Annual report of lunatic asylums [Bombay] - 1912-1922
Year: 1912
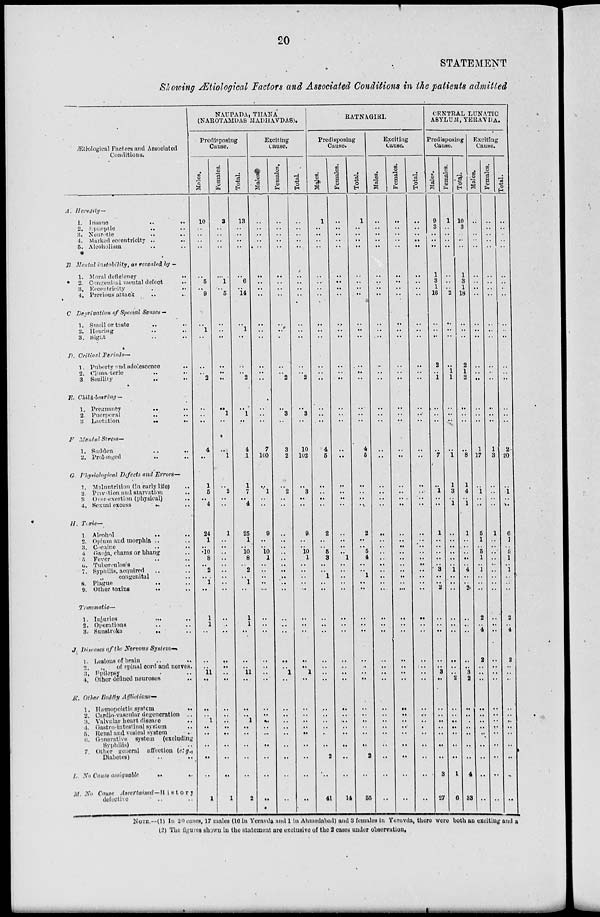
20
STATEMENT
Showing Ætiological Factors and Associated Conditions in the patients admitted
Ætiological Factors and Associated
Conditions.
A. Heredity—
1. Insane
..
..
2.
Epileptic
..
..
3. Neurotic
..
..
4. Marked eccentricity ..
..
5. Alcoholism
..
..
B. Mental instability, as revealed by —
1. Moral deficiency
..
2. Congenital mental defect ..
3. Eccentricity
..
..
4. Previous attack
..
..
C. Deprivation of Special Senses —
1. Smell or taste
..
..
2. Hearing .. ..
3. Sight .. ..
D. Critical Periods—
1. Puberty and adolescence ..
2. Climacteric
..
..
3. Senility
..
..
E. Child-bearing—
1. Pregnancy
..
..
2. Puerperal
..
..
3. Lactation .. ..
F. Mental Stress—
1. Sudden
..
..
2. Prolonged
..
..
G. Physiological Defects and Errors—
1. Malnutrition (in early life) ..
2. Privation and starvation ..
3. Over-exertion (physical) ..
4. Sexual excess
..
H. Toxic—
1. Alcohol
..
..
2. Opium and morphia .. ..
3. Cocaine .. ..
4. Ganja, charas or bhang ..
5. Fever .. ..
6. Tuberculosis ..
7. Syphilis, acquired .. ..
„
congenital ..
8. Plague .. ..
9. Other toxins
..
..
Traumatic—
1. Injuries
..
..
2. Operations .. ..
3. Sunstroke
..
..
J. Diseases of the Nervous System—
1. Lesions of brain .. ..
2.
„
of spinal cord and nerves.
3. Epilepsy ..
4. Other defined neuroses ..
K. Other Bodily Afflictions—
1. Hæmopoietic system
..
2. Cardio-vascular degeneration ..
3. Valvular heart disease
..
4. Gastro-intestinal system
..
5. Renal and vesical system
..
6. Generative system (excluding
Syphilis) ..
7. Other general affection (e:g.,
Diabetes)
..
..
L. No Cause assignable
..
..
M. No Cause
Ascertained—History
defective .. ..
NAUPADA, THANA
(NAROTAMDAS MADHAVDAS).
Predisposing
Cause.
Males.
10
..
..
..
..
..
5
..
9
..
1
..
..
..
2
..
..
..
4
..
1
5
..
4
24
1
..
10
8
..
2
..
1
..
1
1
..
..
..
11
..
..
..
1
..
..
..
..
..
1
Females.
3
..
..
..
..
..
1
..
5
..
..
..
..
..
..
..
1
..
..
1
..
2
..
..
1
..
..
..
..
..
..
..
..
..
..
..
..
..
..
..
..
..
..
..
..
..
..
..
..
1
Total.
13
..
..
..
..
..
6
..
14
..
1
..
..
..
2
..
1
..
4
1
1
7
..
4
25
1
..
10
8
..
2
..
1
..
1
1
..
..
..
11
..
..
..
1
..
..
..
..
..
2
Exciting
Cause.
Males.
..
..
..
..
..
..
..
..
..
..
..
..
..
..
..
..
..
..
7
100
..
1
..
..
9
..
..
10
1
..
..
..
..
..
..
..
..
..
..
..
..
..
..
..
..
..
..
..
..
..
Females.
..
..
..
..
..
..
..
..
..
..
..
..
..
..
2
..
3
..
3
2
..
2
..
..
..
..
..
..
..
..
..
..
..
..
..
..
..
..
..
1
..
..
..
..
..
..
..
..
..
..
Total.
..
..
..
..
..
..
..
..
..
..
..
..
..
..
2
..
3
..
10
102
..
3
..
..
9
..
..
10
1
..
..
..
..
..
..
..
..
..
..
1
..
..
..
..
..
..
..
..
..
..
RATNAGIRI.
Predisposing
Cause.
Males.
1
..
..
..
..
..
..
..
..
..
..
..
..
..
..
..
..
..
4
5
..
..
..
..
2
..
..
5
3
..
..
1
..
..
..
..
..
..
..
..
..
..
..
..
..
..
..
2
..
41
Females.
..
..
..
..
..
..
..
..
..
..
..
..
..
..
..
..
..
..
..
..
..
..
..
..
..
..
..
..
1
..
..
..
..
..
..
..
..
..
..
..
..
..
..
..
..
..
..
..
..
14
Total.
1
..
..
..
..
..
..
..
..
..
..
..
..
..
..
..
..
..
4
5
..
..
..
..
2
..
..
5
4
..
..
1
..
..
..
..
..
..
..
..
..
..
..
..
..
..
..
2
..
55
Exciting
Cause.
Males.
..
..
..
..
..
..
..
..
..
..
..
..
..
..
..
..
..
..
..
..
..
..
..
..
..
..
..
..
..
..
..
..
..
..
..
..
..
..
..
..
..
..
..
..
..
..
..
..
..
..
Females.
..
..
..
..
..
..
..
..
..
..
..
..
..
..
..
..
..
..
..
..
..
..
..
..
..
..
..
..
..
..
..
..
..
..
..
..
..
..
..
..
..
..
..
..
..
..
..
..
..
..
Total.
..
..
..
..
..
..
..
..
..
..
..
..
..
..
..
..
..
..
..
..
..
..
..
..
..
..
..
..
..
..
..
..
..
..
..
..
..
..
..
..
..
..
..
..
..
..
..
..
..
..
CENTRAL LUNATIC
ASYLUM, YERAVDA.
Predisposing
Cause.
Males.
9
3
..
..
..
1
3
1
16
..
..
..
2
..
1
..
..
..
..
..
7
..
1
..
..
1
..
..
..
..
..
3
..
..
2
..
..
..
..
..
3
..
..
..
..
..
..
..
..
3
27
Females.
1
..
..
..
..
..
..
..
2
..
..
..
..
1
1
..
..
..
..
..
1
1
3
..
1
..
..
..
..
..
..
1
..
..
..
..
..
..
..
..
..
2
..
..
..
..
..
..
..
1
6
Total.
10
3
..
..
..
1
3
1
18
..
..
..
2
1
2
..
..
..
..
..
8
1
4
..
1
1
..
..
..
..
..
4
..
..
2
..
..
..
..
..
3
2
..
..
..
..
..
..
..
4
33
Exciting
Cause
Males.
..
..
..
..
..
..
..
..
..
..
..
..
..
..
..
..
..
..
..
1
17
..
1
..
..
5
1
..
5
1
..
1
..
..
..
2
..
4
2
..
..
..
..
..
..
..
..
..
..
..
..
Females.
..
..
..
..
..
..
..
..
..
..
..
..
..
..
..
..
..
..
..
1
3
..
..
..
..
1
..
..
..
..
..
..
..
..
..
..
..
..
..
..
..
..
..
..
..
..
..
..
..
..
..
Total.
..
..
..
..
..
..
..
..
..
..
..
..
..
..
..
..
..
..
..
2
20
..
1
..
..
6
1
..
5
1
..
1
..
..
..
2
..
4
2
..
..
..
..
..
..
..
..
..
..
..
..
NOTE.—(1) In 20 cases, 17 males (16 in Yeravda and 1 in Ahmedabad) and 3 females in Yeravda, there were both an exciting and a
(2) The figures shown in the statement are exclusive of the 2 cases under observation.